Account of plague administration in the Bombay Presidency from September 1896 till May 1897
Year: 1896
Disease focus: Plague
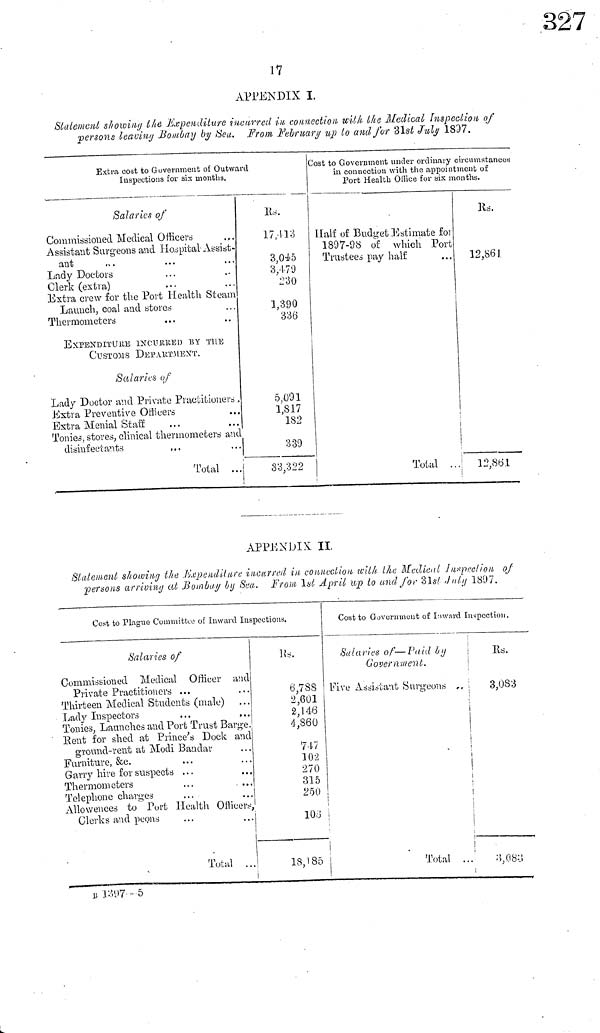
17
APPENDIX I.
Statement showing the Expenditure incurred in connection with the Medical Inspection of
persons leaving Bombay by Sea. From February up to and for 31st July 1897.
Extra cost to Government of Outward
Inspections for six months.
Salaries of
Commissioned Medical Officers
Assistant Surgeons and Hospital- Assist-
ant
Lady Doctors
Clerk (extra)
Extra crew for the Port Health Steam
Launch, coal and stores
Ther mometers
EXPENDITURE INCURRED BY THE
CUSTOMS DEPARTMENT.
Salaries of
Lady Doctor and Private Practitioners
Extra Preventive Officers
Extra Menial Staff
Tonies, stores, clinical thermometers and
disinfectants
Total ...
Rs.
17,413
3,045
3,479
230
1,390
336
5,091
1,817
182
339
33,322
|
Cost to Government under ordinary circumstances
in connection with the appointment of
Port Health Office for six months.
Half of Budget Estimate for
1897-98 of which Port
Trustees pay half
Total ...
Rs.
12,861
12,861
APPENDIX II.
Statemant showing the Expanditure incurred in connection with the Medical inspection of
persons arriving ab Bombay by Sua. From 1st April up to und for 31st July 1897.
Cost to Plague Committee o£ Inward Inspections.
Salaries of
Commissioned Medical Officer and
Private Practitioners ...
Thirteen Medical Students (malo)
Lady Inspectors
Tonies, Launches and Port Trust Barge.
lient for shed at Prince's Dock and
ground-vent at Modi Bandar
Furniture, &c.
G any hire for suspects
Thermometers
Telephone charges
...
...
Allowances to Port Health Officers,
Clerks and peons
Total ...
Rs.
6,788
2,601
2,146
4,860
747
102
270
315
250
103
18,185
Cost to Government of Inward Inspection,
Salaries of — Paid by
Government.
Five Assistant Surgeons ..
Total ...
Rs.
3,083
3,083
B 1397--5